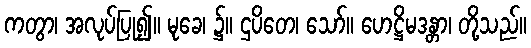
ကတွာ၊ အလုပ်ပြု၍။ မုခေ၊ ၌။ ဌပိတေ၊ သော်။ ဟေဋ္ဌိမဒန္တာ၊ တို့သည်။